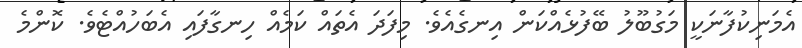
އެމަނިކުފާނަކީ މަގުބޫލު ބޭފުޅެއްކަން އިނގެއެވެ. މިފަދަ އެތައް ކަމެއް ހިނގާފައި އެބަހުއްޓެވެ. ކޮންމެ